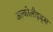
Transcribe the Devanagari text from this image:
अल्कोलौइड्स